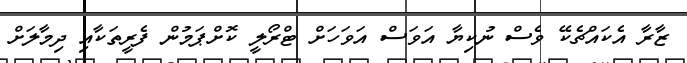
ޒާރާ އެކައްޗެކޭ ވެސް ނުކިޔާ އަވަސް އަވަހަށް ޓްރޯލީ ކޮށްޕަމުން ފެރީތަކާއި ދިމާލަށް